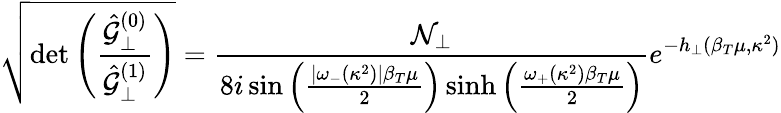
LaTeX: \sqrt{\operatorname*{det}\left(\frac{\hat{{\cal G}}_{\perp}^{(0)}}{\hat{{\cal G}}_{\perp}^{(1)}}\right)}=\frac{{\cal N}_{\perp}}{8i\sin\left(\frac{|\omega_{-}(\kappa^{2})|\beta_{T}\mu}{2}\right)\sinh\left(\frac{\omega_{+}(\kappa^{2})\beta_{T}\mu}{2}\right)}e^{-h_{\perp}(\beta_{T}\mu,\kappa^{2})}